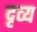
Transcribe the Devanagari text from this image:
दृव्य